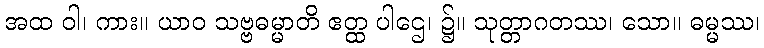
အထ ဝါ၊ ကား။ ယာဝ သဗ္ဗဓမ္မာတိ ဧတ္ထ ပါဌေ၊ ၌။ သုတ္တာဂတဿ၊ သော။ ဓမ္မဿ၊